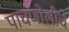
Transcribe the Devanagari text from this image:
पाचणोलीचे